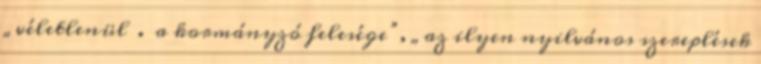
„véletlenül . a kormányzó felesége”, „az ilyen nyilvános szereplések